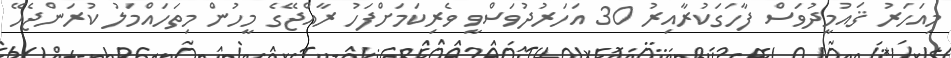
މިއަހަރު ޤައުމީދުވަސް ފާހަގަކުރާއިރު 30 އަހަރުދުވަސްވީ ވެރިކަމަށްފަހު ރާއްޖޭގެ މީހުން މިތަހައްމަލު ކުރަންޖެހޭ